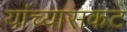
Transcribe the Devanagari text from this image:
यांच्यासकट